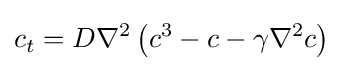
\displaystyle c_{t}=D\nabla ^{2}\left(c^{3}-c-\gamma \nabla ^{2}c\right)